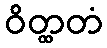
ဝိတ္ထတံ